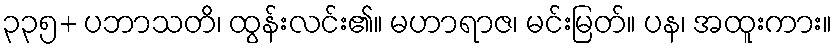
၃၃၅+ ပဘာသတိ၊ ထွန်းလင်း၏။ မဟာရာဇ၊ မင်းမြတ်။ ပန၊ အထူးကား။